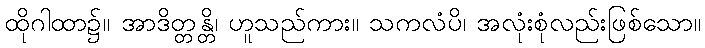
ထိုဂါထာ၌။ အာဒိတ္တန္တိ၊ ဟူသည်ကား။ သကလံပိ၊ အလုံးစုံလည်းဖြစ်သော။